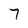
Character: 7